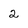
Character: 2